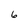
Character: 6